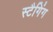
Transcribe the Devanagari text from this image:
स्टैगिंग